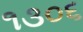
૧૩૦૬